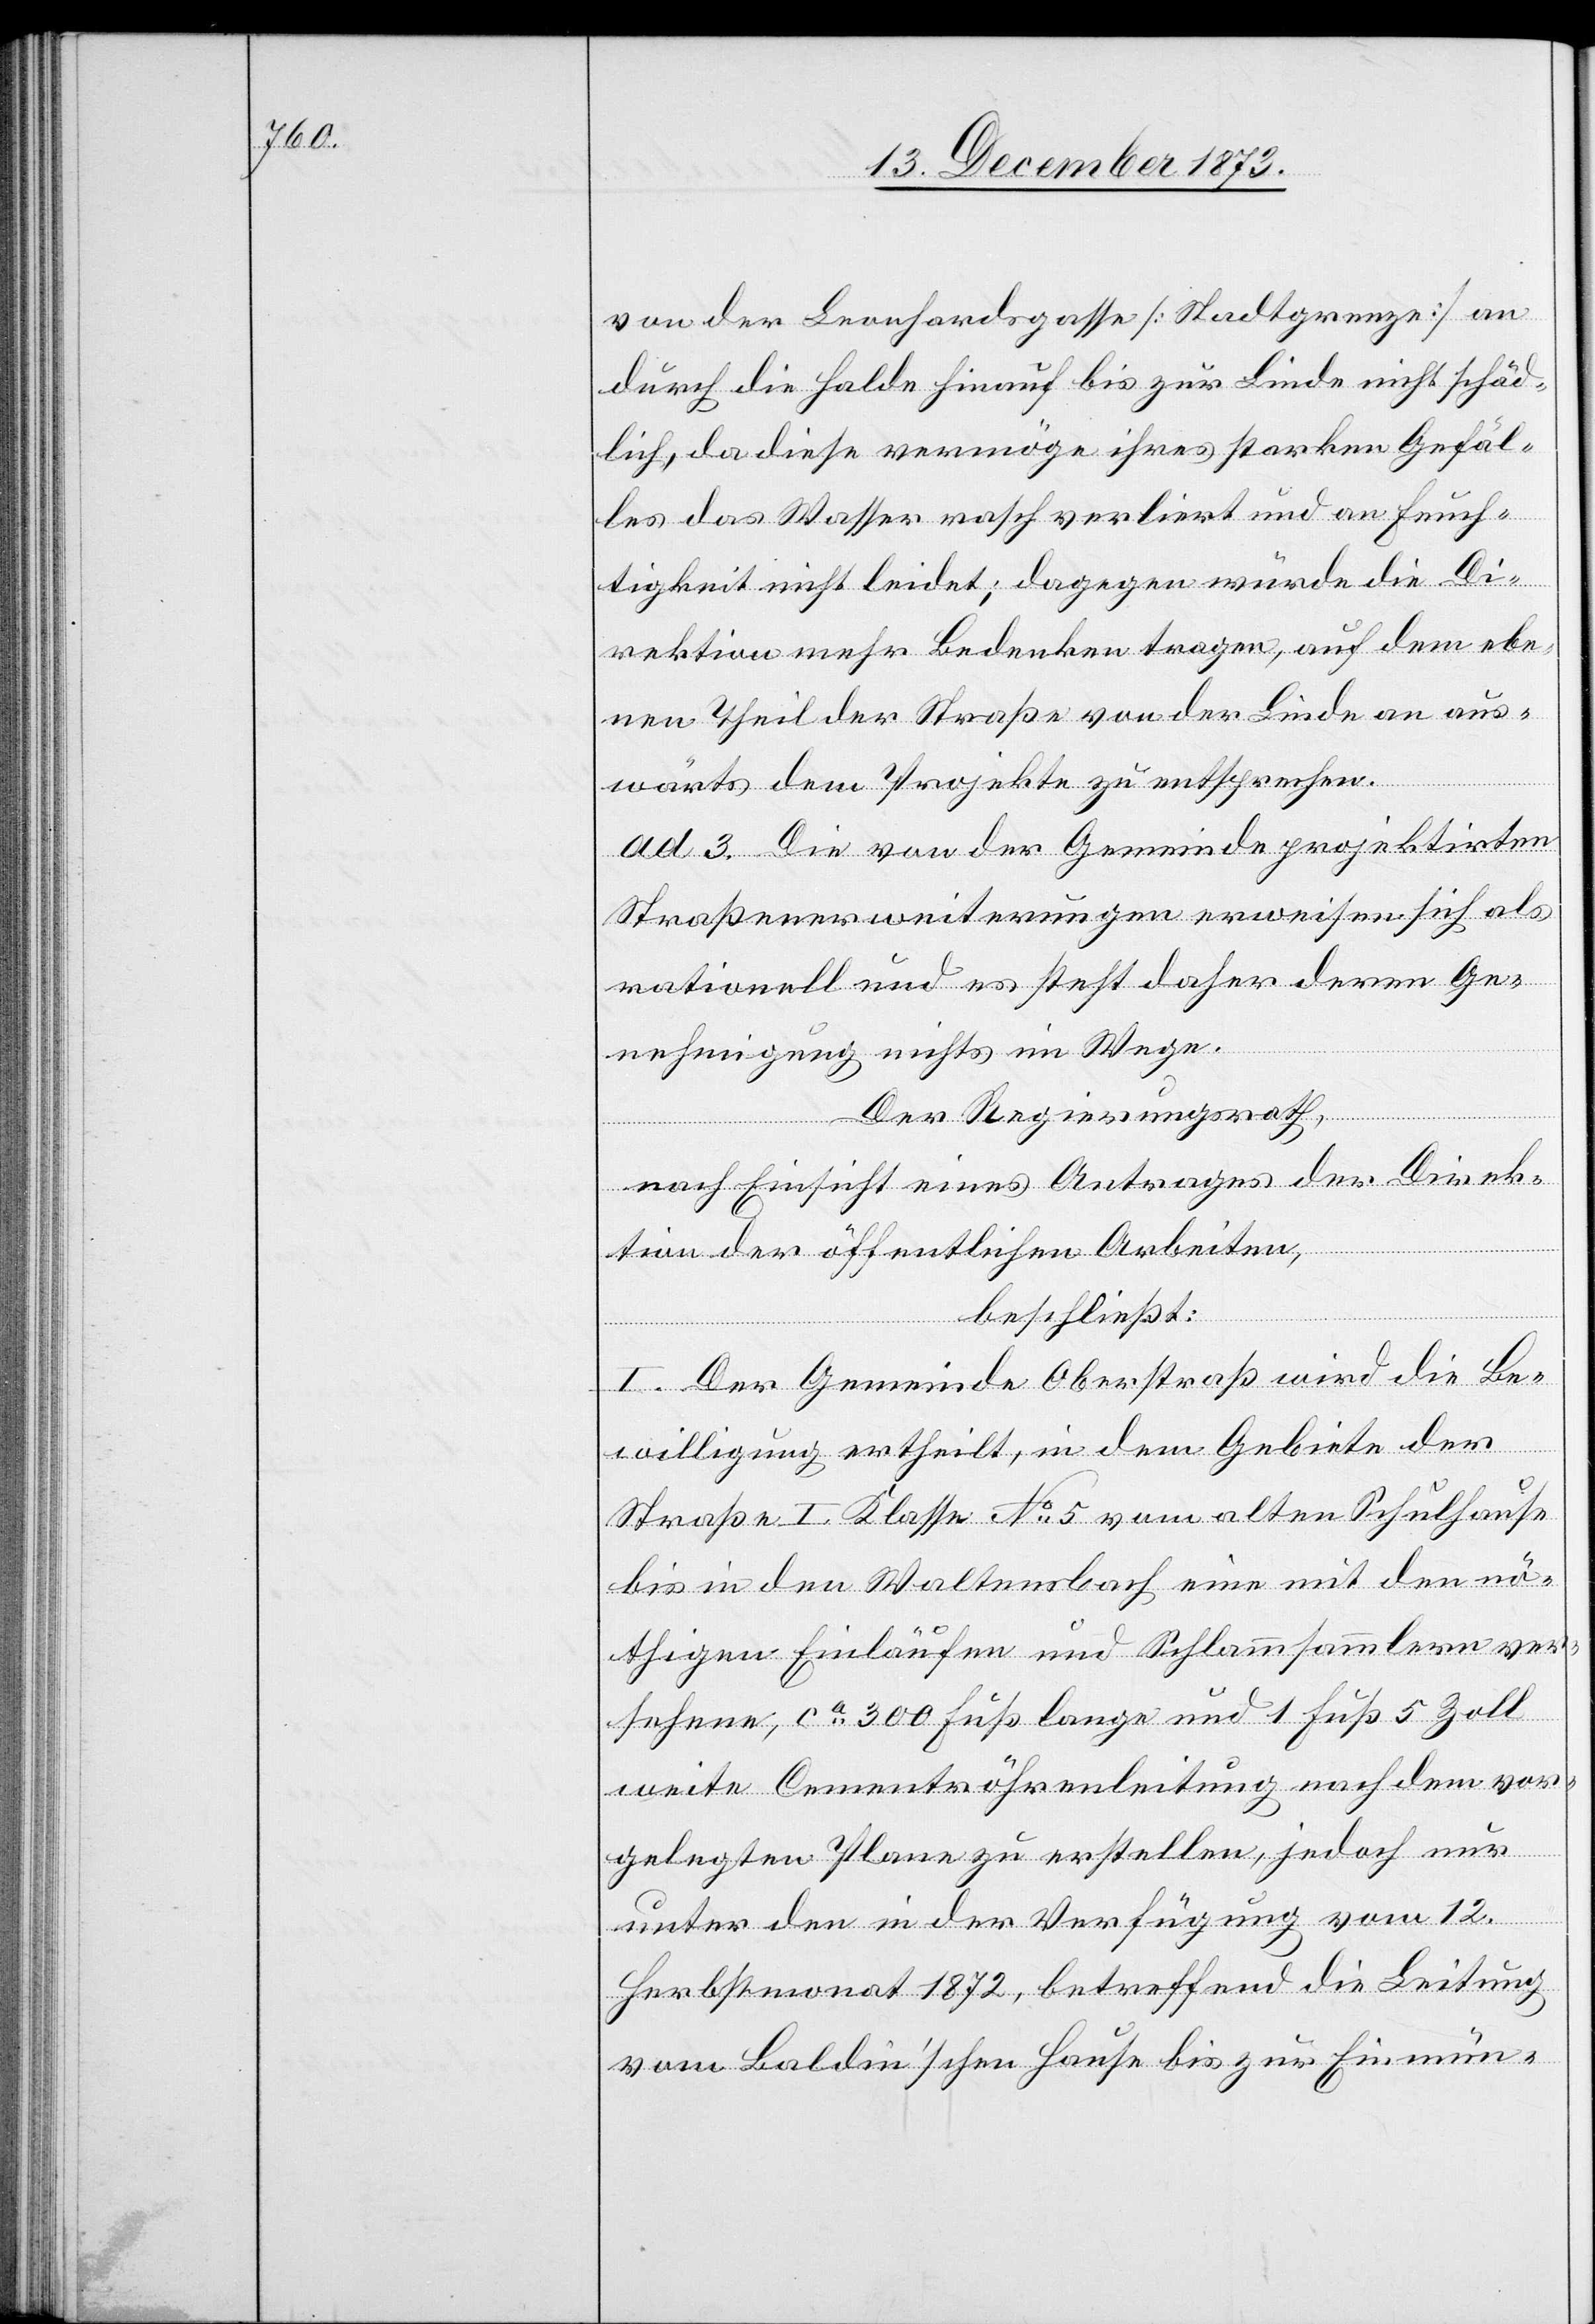
von der Leonhardsgasse [Stadtgrenze] an
durch die Halde hinauf bis zur Linde nicht schäd¬
lich, da diese vermöge ihres starken Gefäl¬
les das Wasser rasch verliert und an Feuch¬
tigkeit nicht leidet; dagegen würde die Di¬
rektion mehr Bedenken tragen, auf dem ebe¬
nen Theil der Straße von der Linde an aus¬
wärts dem Projekte zu entsprechen.
ad 3. Die von der Gemeinde projektirten
Straßenerweiterungen erweisen sich als
rationell und es steht daher deren Ge¬
nehmigung nichts im Wege.
Der Regierungsrath,
nach Einsicht eines Antrages der Direk¬
tion der öffentlichen Arbeiten,
beschließt:
I. Der Gemeinde Oberstraß wird die Be¬
willigung ertheilt, in dem Gebiete der
Straße I. Klasse No 5 vom alten Schulhause
bis in den Waltensbach eine mit den nö¬
thigen Einläufen und Schlammsammlern ver¬
sehene, ca 300 Fuß lange und 1 Fuß 5 Zoll
weite Cementröhrenleitung nach dem vor¬
gelegten Plane zu erstellen, jedoch nur
unter den in der Verfügung vom 12.
Herbstmonat 1872, betreffend die Leitung
vom Baldin’schen Hause bis zur Einmün-